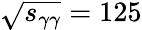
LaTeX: \sqrt{s_{\gamma\gamma}}=125